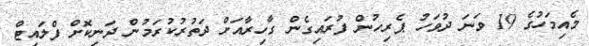
މެއިމަހުގެ 19 ވަނަ ދުވަހު ޕެރިހުން ފުރައިގެން ގާހިރާއަށް ދަތުރުކުރަމުން ދަނިކޮށް ފްލައިޓް